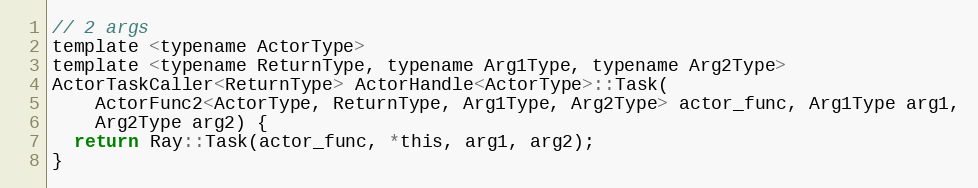
Language: C
// 2 args
template <typename ActorType>
template <typename ReturnType, typename Arg1Type, typename Arg2Type>
ActorTaskCaller<ReturnType> ActorHandle<ActorType>::Task(
    ActorFunc2<ActorType, ReturnType, Arg1Type, Arg2Type> actor_func, Arg1Type arg1,
    Arg2Type arg2) {
  return Ray::Task(actor_func, *this, arg1, arg2);
}